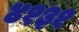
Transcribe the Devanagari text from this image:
४१३१